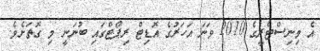
އެ މިނިސްޓްރީގެ 2010 ވަނަ އަހަރުގެ އޮޑިޓް ރިޕޯޓްގައި ބުނަނީ މި ގޮތަށެވެ.